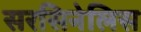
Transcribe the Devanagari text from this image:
सरसिनेलिस